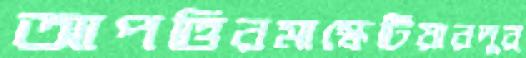
আপত্তিরমাস্কেটিয়ারদুর্